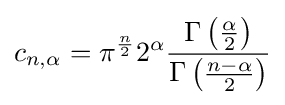
c_{n,\alpha }=\pi ^{\frac {n}{2}}2^{\alpha }{\frac {\Gamma \left({\frac {\alpha }{2}}\right)}{\Gamma \left({\frac {n-\alpha }{2}}\right)}}